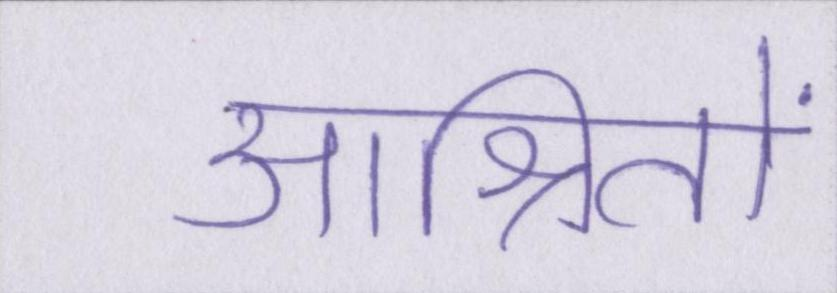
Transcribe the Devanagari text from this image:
आश्रितों